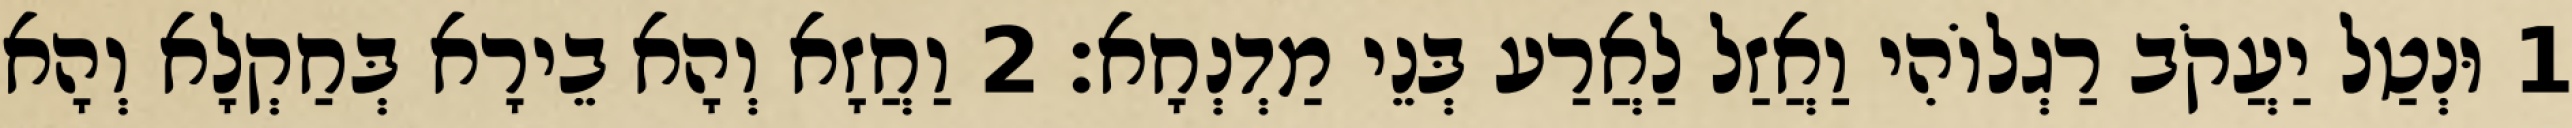
1 וּנְטַל יַעֲקֹב רַגְלוֹהִי וַאֲזַל לַאֲרַע בְּנֵי מַדְנְחָא׃ 2 וַחֲזָא וְהָא בֵירָא בְּחַקְלָא וְהָא